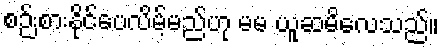
စဉ်းစားနိုင်ပေလိမ့်မည်ဟု မမ ယူဆမိလေသည်။